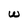
Character: w